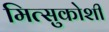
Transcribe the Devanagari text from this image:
मित्सुकोशी